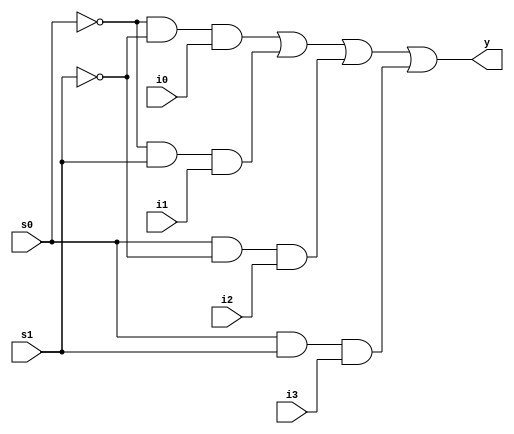
module mux(i0,i1,i2,i3,s0,s1,y);
input i0,i1,i2,i3,s0,s1;
output y;
wire w1,w2,w3,w4,w5,w6;
not n1(w1,s0);
not n2(w2,s1);
and a1(w3,w1,w2,i0);
and a2(w4,w1,s1,i1);
and a3(w5,s0,w2,i2);
and a4(w6,s0,s1,i3);
or r1(y,w3,w4,w5,w6);
endmodule